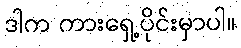
ဒါက ကားရှေ့ပိုင်းမှာပါ။